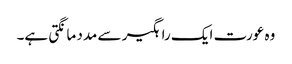
وہ عورت ایک راہگیر سے مدد مانگتی ہے۔